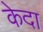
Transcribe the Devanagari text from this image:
केदा